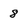
Character: 8